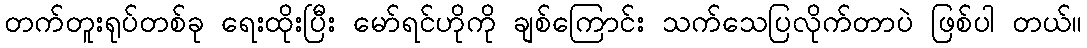
တက်တူးရုပ်တစ်ခု ရေးထိုးပြီး မော်ရင်ဟိုကို ချစ်ကြောင်း သက်သေပြလိုက်တာပဲ ဖြစ်ပါ တယ်။